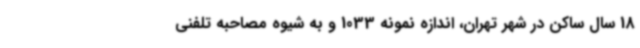
18 سال ساکن در شهر تهران، اندازه نمونه 1033 و به شیوه مصاحبه تلفنی